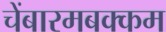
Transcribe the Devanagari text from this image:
चेंबारमबक्कम